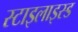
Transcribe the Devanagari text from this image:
स्टाइलाइस्ड